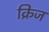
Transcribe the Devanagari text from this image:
क्रिज